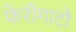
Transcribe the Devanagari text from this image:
फेरीगाटो